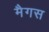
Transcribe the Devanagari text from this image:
मैगस